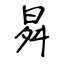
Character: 曻